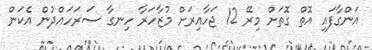
އަންގާފައި އޮތް ގޮތަށް މިރޭ 12 ޖަހާއިރަށް މުޒާހަރާ ހިނގާ ސަރަހައްދުން އެކަން